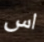
اس